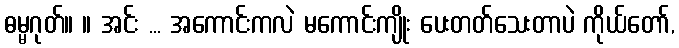
ဓမ္မဂုတ်။ ။ အင်း ... အကောင်းကလဲ မကောင်းကျိုး ပေးတတ်သေးတာပဲ ကိုယ်တော်,